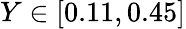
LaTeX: Y\in[0.11,0.45]